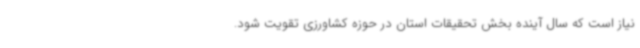
نیاز است که سال آینده بخش تحقیقات استان در حوزه کشاورزی تقویت شود.